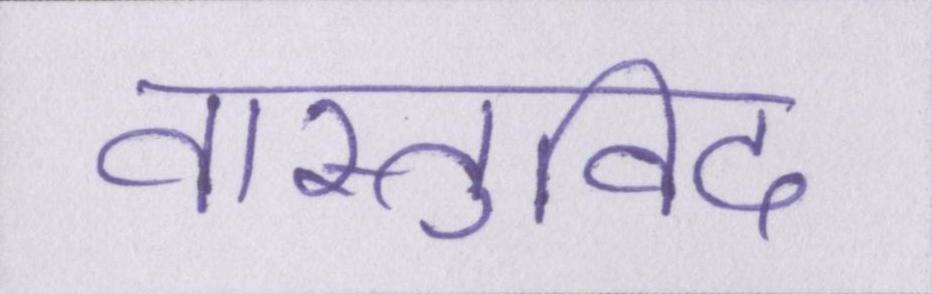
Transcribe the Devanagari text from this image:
वास्तुविद